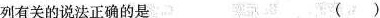
列有关的说法正确的是( )